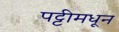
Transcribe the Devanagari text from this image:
पट्टीमधून